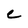
Character: C